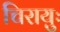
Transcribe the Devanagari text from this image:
चिरायुः